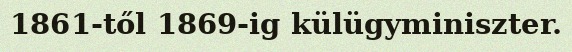
1861-től 1869-ig külügyminiszter.